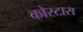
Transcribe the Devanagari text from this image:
कोस्‍टारा